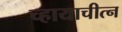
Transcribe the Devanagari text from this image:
च्हायाचीत्न